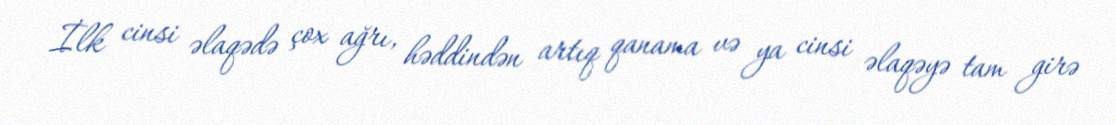
İlk cinsi əlaqədə çox ağrı, həddindən artıq qanama və ya cinsi əlaqəyə tam girə